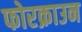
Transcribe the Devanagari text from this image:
फोरक्राउन